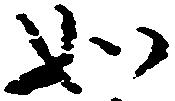
如